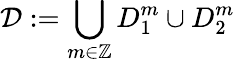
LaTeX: \mathcal{D}:=\bigcup_{m\in\mathbb{Z}}D_{1}^{m}\cup D_{2}^{m}